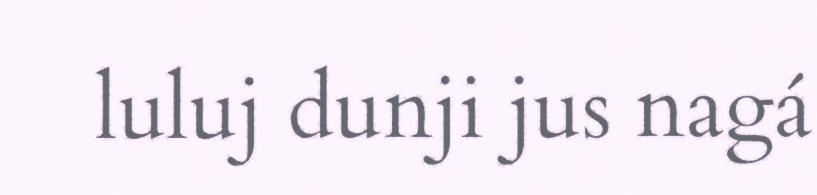
luluj dunji jus nagá